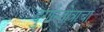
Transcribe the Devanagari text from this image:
दुर्गास्तोत्राचा